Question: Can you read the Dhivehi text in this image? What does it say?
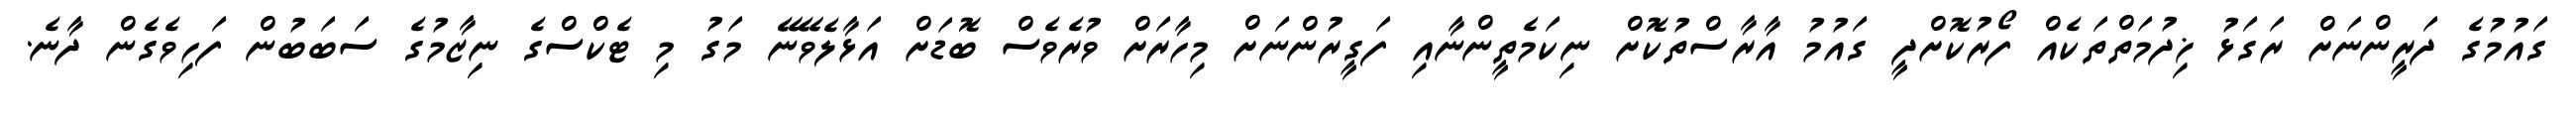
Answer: ގައުމުގެ ދަރީންނަށް ރަގަޅު ޚިދުމަތްތަކެއް ފޯރުކޮށްދީ ގައުމު އާރާސްތުކޮށް ނިކަމެތީންނާއި ފަގީރުންނަށް މިހާރަށް ވުރެވެސް ބޮޑަށް އަޅާލެވޭނޭ މަގު މި ޓެކްސްގެ ނިޒާމުގެ ސަބަބުން ފަހިވެގެން ދާނެ.